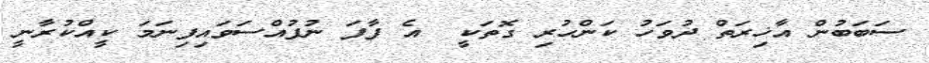
ސަބަބުން އާޚިރަތް ދުވަހު ކަންހުރި ގޮތަކީ  އެ ފާފަ ނުފުއްސަވައިފިނަމަ ކީއްކުރާނީ